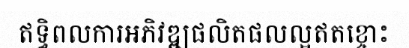
ឥទ្ធិពលការអភិវឌ្ឍផលិតផលល្អឥតខ្ចោះ